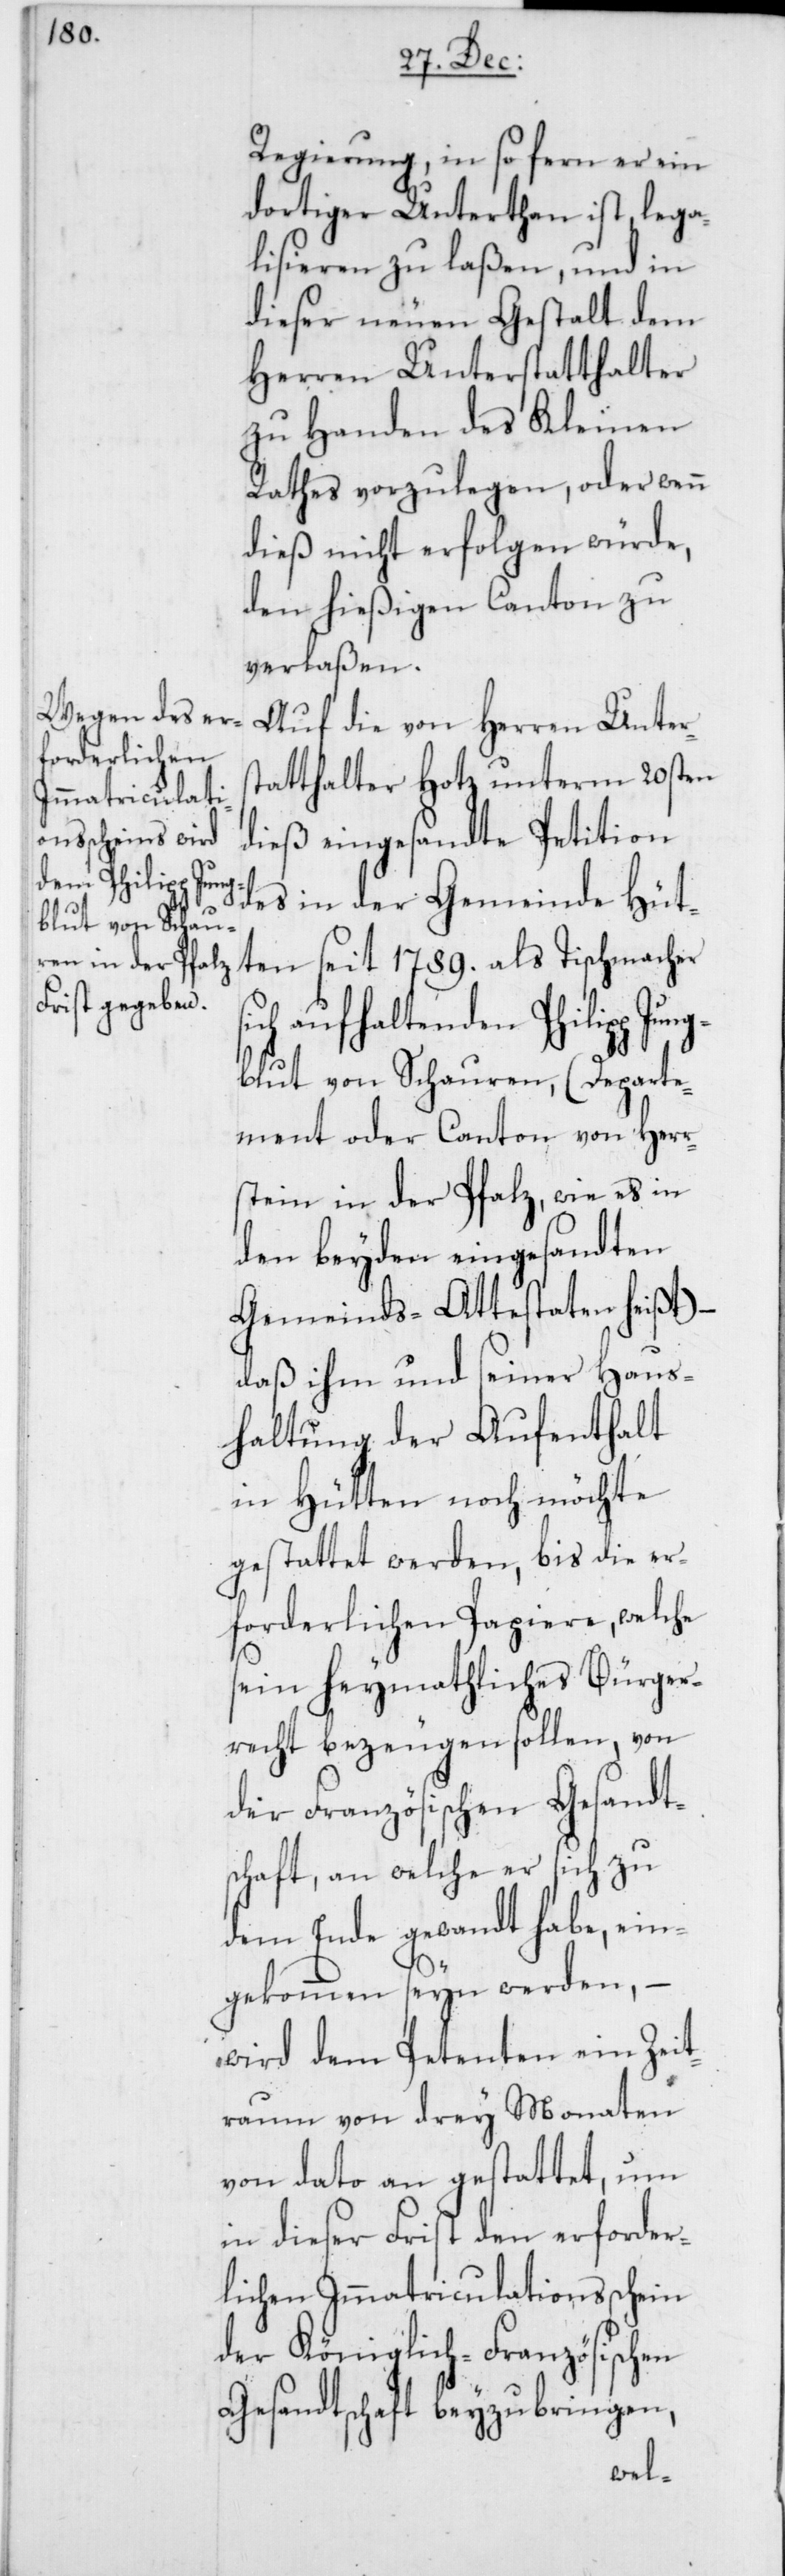
Regierung, in so fern er ein
dortiger Unterthan ist, lega¬
lisieren zu laßen, und in
dieser neuen Gestalt dem
Herren Unterstatthalter
zu Handen des Kleinen
Rathes vorzulegen, oder wenn
dieß nicht erfolgen würde,
den hießigen Canton zu
verlaßen.
Auf die von Herren Unters¬
tatthalter Hotz unterm 20sten
dieß eingesandte Petition
des in der Gemeinde Hüt¬
ten seit 1789. als Tischmacher
ich aufhaltenden Philipp Jung¬
blut von Schauren (Departe¬
ment oder Canton von Herr¬
stein in der Pfalz, wie es in
den beyden eingesandten
Gemeinds-Attestaten heißt),
daß ihm und seiner Haus¬
haltung der Aufenthalt
in Hütten noch möchte
gestattet werden, bis die er¬
forderlichen Papiere, welche
sein heymathliches Bürger¬
recht bezeugen sollen, von
der Französischen Gesandt¬
schaft, an welche er sich zu
dem Ende gewandt habe, ein¬
gekommen seyn werden, –
wird dem Petenten ein Zeit¬
raum von drey Monaten
von dato an gestattet, um
in dieser Frist den erforder¬
lichen Immatriculationsschein
der Königlich-Französischen
Gesandtschaft beyzubringen,
s¬